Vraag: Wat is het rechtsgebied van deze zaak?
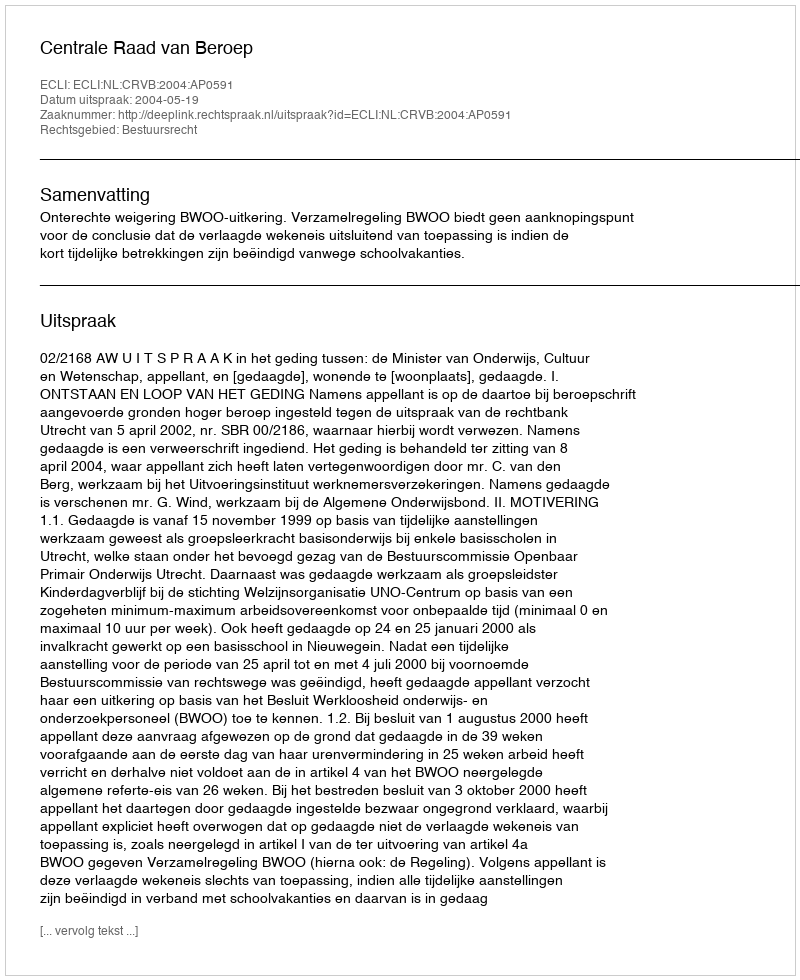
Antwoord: Bestuursrecht